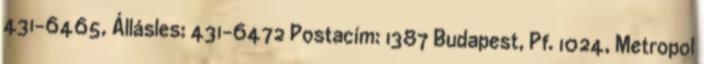
431-6465, Állásles: 431-6472 Postacím: 1387 Budapest, Pf. 1024, Metropol